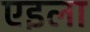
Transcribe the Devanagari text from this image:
एइला